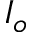
I _ { o }